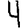
Digit: 4